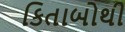
કિતાબોથી